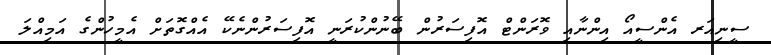
ސީނިއަރ އެންސީއޯ އިންނާއި ވޮރަންޓް އޮފިސަރުން ބޭނުންކުރަނީ އޮފިސަރުންނެކޭ އެއްގޮތަށް އެމީހުންގެ އަމިއްލަ